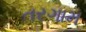
તરગામ